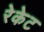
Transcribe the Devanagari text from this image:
रेकेट